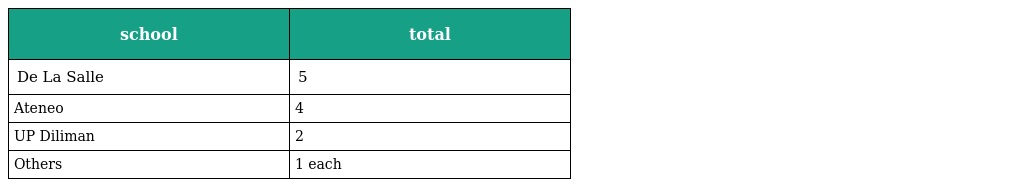
| school | total |
 | --- | --- |
 | De La Salle | 5 |
 | Ateneo | 4 |
 | UP Diliman | 2 |
 | Others | 1 each |